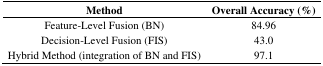
<table><thead><tr><td><b>Method</b></td><td><b>Overall Accuracy (%)</b></td></tr></thead><tbody><tr><td>Feature-Level Fusion (BN)</td><td>84.96</td></tr><tr><td>Decision-Level Fusion (FIS)</td><td>43.0</td></tr><tr><td>Hybrid Method (integration of BN and FIS)</td><td>97.1</td></tr></tbody></table>